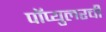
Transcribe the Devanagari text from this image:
पॉप्युलरची